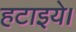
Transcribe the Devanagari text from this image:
हटाइये।